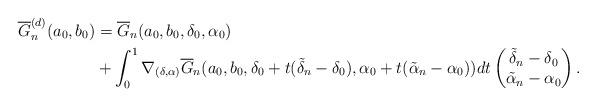
LaTeX: \begin{align*} \overline{G}^{(d)}_n(a_0, b_0) & = \overline{G}_n(a_0, b_0, \delta_0, \alpha_0) \\ & + \int_0^1 \nabla_{(\delta, \alpha)} \overline{G}_n(a_0, b_0, \delta_0 + t (\tilde{\delta}_n - \delta_0), \alpha_0 + t(\tilde{\alpha}_n - \alpha_0)) dt \begin{pmatrix}\tilde{\delta}_n - \delta_0 \\\tilde{\alpha}_n - \alpha_0\end{pmatrix}. \end{align*}